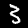
Digit: 3